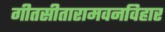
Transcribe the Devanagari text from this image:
गीतसीतारामवनविहार